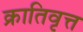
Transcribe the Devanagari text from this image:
क्रातिवृत्त